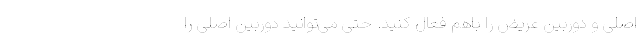
اصلی و دوربین عریض را باهم فعال کنید. حتی می‌توانید دوربین اصلی را